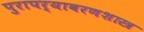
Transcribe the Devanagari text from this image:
पुरापर्यावरणशास्त्र